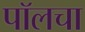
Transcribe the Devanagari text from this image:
पॉलचा